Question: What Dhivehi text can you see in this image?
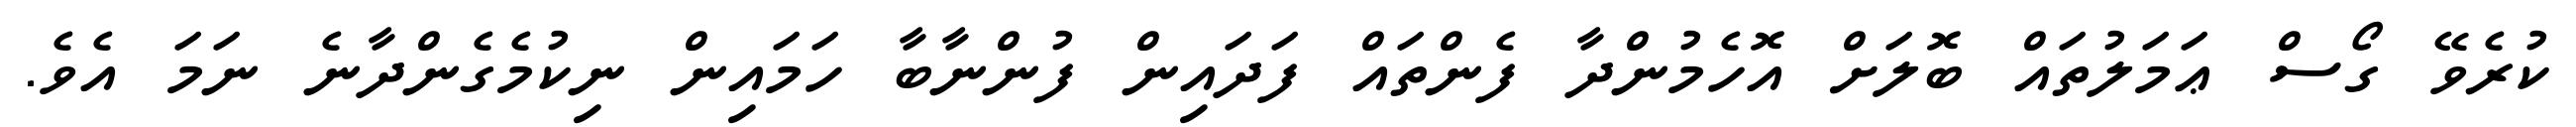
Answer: ކުރެވޭ ގޯސް ޢަމަލުތައް ބޮލަށް އޮހެމުންދާ ފެންތައް ފަދައިން ފުންނާބާ ހަމައިން ނިކުމެގެންދާނެ ނަމަ އެވެ.